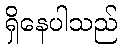
ရှိနေပါသည်